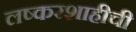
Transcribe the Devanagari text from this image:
लष्करशाहीची